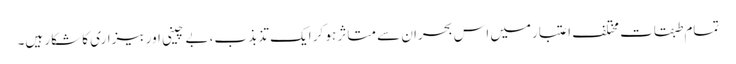
تمام طبقات مختلف اعتبارمیں اس بحران سے متاثر ہو کر ایک تذبذب، بے چینی اور بیزاری کا شکار ہیں۔